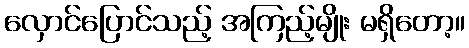
လှောင်ပြောင်သည့် အကြည့်မျိုး မရှိတော့။